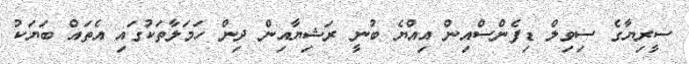
ސީރިޔާގެ ސިވިލް ޑިފެންސްއިން އިއްޔެ ބުނީ ރަޝިޔާއިން ދިން ހަމަލާތަކުގައި އެތައް ބަޔަކު